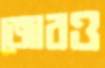
জোরও